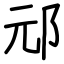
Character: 邧